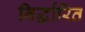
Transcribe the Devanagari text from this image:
निर्द्धारित